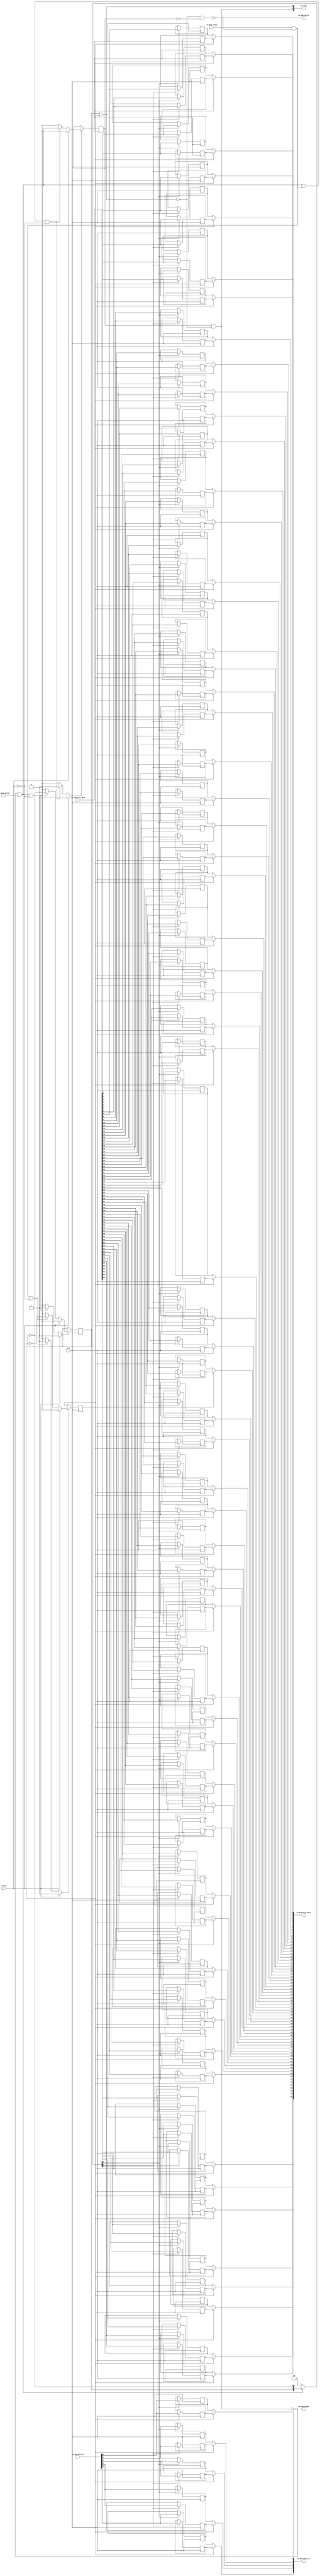
// This program was cloned from: https://github.com/NYU-MLDA/OpenABC
// License: BSD 3-Clause "New" or "Revised" License

module Queue_6
(
  clk,
  reset,
  io_enq_ready,
  io_enq_valid,
  io_enq_bits_rd,
  io_enq_bits_data,
  io_deq_ready,
  io_deq_valid,
  io_deq_bits_rd,
  io_deq_bits_data,
  io_count
);

  input [4:0] io_enq_bits_rd;
  input [63:0] io_enq_bits_data;
  output [4:0] io_deq_bits_rd;
  output [63:0] io_deq_bits_data;
  output [1:0] io_count;
  input clk;
  input reset;
  input io_enq_valid;
  input io_deq_ready;
  output io_enq_ready;
  output io_deq_valid;
  wire [4:0] io_deq_bits_rd;
  wire [63:0] io_deq_bits_data;
  wire [1:0] io_count;
  wire io_enq_ready,io_deq_valid,N0,N1,N2,N3,N4,do_deq,T3,do_enq,T6,ptr_match,T9,N5,
  empty,T17,full,N6,N7,N8,N9,N10,N11,N12,N13,N14,N15,N16,N17,N18,N19,N21,N22,N23,N24,
  N25,N26;
  reg R1,N20,maybe_full;
  reg [137:0] ram;
  assign N0 = N20 ^ R1;
  assign ptr_match = ~N0;
  assign T9 = do_enq ^ do_deq;
  assign io_deq_bits_rd[4] = (N5)? ram[68] : 
                             (N1)? ram[137] : 1'b0;
  assign N1 = R1;
  assign io_deq_bits_rd[3] = (N5)? ram[67] : 
                             (N1)? ram[136] : 1'b0;
  assign io_deq_bits_rd[2] = (N5)? ram[66] : 
                             (N1)? ram[135] : 1'b0;
  assign io_deq_bits_rd[1] = (N5)? ram[65] : 
                             (N1)? ram[134] : 1'b0;
  assign io_deq_bits_rd[0] = (N5)? ram[64] : 
                             (N1)? ram[133] : 1'b0;
  assign io_deq_bits_data[63] = (N5)? ram[63] : 
                                (N1)? ram[132] : 1'b0;
  assign io_deq_bits_data[62] = (N5)? ram[62] : 
                                (N1)? ram[131] : 1'b0;
  assign io_deq_bits_data[61] = (N5)? ram[61] : 
                                (N1)? ram[130] : 1'b0;
  assign io_deq_bits_data[60] = (N5)? ram[60] : 
                                (N1)? ram[129] : 1'b0;
  assign io_deq_bits_data[59] = (N5)? ram[59] : 
                                (N1)? ram[128] : 1'b0;
  assign io_deq_bits_data[58] = (N5)? ram[58] : 
                                (N1)? ram[127] : 1'b0;
  assign io_deq_bits_data[57] = (N5)? ram[57] : 
                                (N1)? ram[126] : 1'b0;
  assign io_deq_bits_data[56] = (N5)? ram[56] : 
                                (N1)? ram[125] : 1'b0;
  assign io_deq_bits_data[55] = (N5)? ram[55] : 
                                (N1)? ram[124] : 1'b0;
  assign io_deq_bits_data[54] = (N5)? ram[54] : 
                                (N1)? ram[123] : 1'b0;
  assign io_deq_bits_data[53] = (N5)? ram[53] : 
                                (N1)? ram[122] : 1'b0;
  assign io_deq_bits_data[52] = (N5)? ram[52] : 
                                (N1)? ram[121] : 1'b0;
  assign io_deq_bits_data[51] = (N5)? ram[51] : 
                                (N1)? ram[120] : 1'b0;
  assign io_deq_bits_data[50] = (N5)? ram[50] : 
                                (N1)? ram[119] : 1'b0;
  assign io_deq_bits_data[49] = (N5)? ram[49] : 
                                (N1)? ram[118] : 1'b0;
  assign io_deq_bits_data[48] = (N5)? ram[48] : 
                                (N1)? ram[117] : 1'b0;
  assign io_deq_bits_data[47] = (N5)? ram[47] : 
                                (N1)? ram[116] : 1'b0;
  assign io_deq_bits_data[46] = (N5)? ram[46] : 
                                (N1)? ram[115] : 1'b0;
  assign io_deq_bits_data[45] = (N5)? ram[45] : 
                                (N1)? ram[114] : 1'b0;
  assign io_deq_bits_data[44] = (N5)? ram[44] : 
                                (N1)? ram[113] : 1'b0;
  assign io_deq_bits_data[43] = (N5)? ram[43] : 
                                (N1)? ram[112] : 1'b0;
  assign io_deq_bits_data[42] = (N5)? ram[42] : 
                                (N1)? ram[111] : 1'b0;
  assign io_deq_bits_data[41] = (N5)? ram[41] : 
                                (N1)? ram[110] : 1'b0;
  assign io_deq_bits_data[40] = (N5)? ram[40] : 
                                (N1)? ram[109] : 1'b0;
  assign io_deq_bits_data[39] = (N5)? ram[39] : 
                                (N1)? ram[108] : 1'b0;
  assign io_deq_bits_data[38] = (N5)? ram[38] : 
                                (N1)? ram[107] : 1'b0;
  assign io_deq_bits_data[37] = (N5)? ram[37] : 
                                (N1)? ram[106] : 1'b0;
  assign io_deq_bits_data[36] = (N5)? ram[36] : 
                                (N1)? ram[105] : 1'b0;
  assign io_deq_bits_data[35] = (N5)? ram[35] : 
                                (N1)? ram[104] : 1'b0;
  assign io_deq_bits_data[34] = (N5)? ram[34] : 
                                (N1)? ram[103] : 1'b0;
  assign io_deq_bits_data[33] = (N5)? ram[33] : 
                                (N1)? ram[102] : 1'b0;
  assign io_deq_bits_data[32] = (N5)? ram[32] : 
                                (N1)? ram[101] : 1'b0;
  assign io_deq_bits_data[31] = (N5)? ram[31] : 
                                (N1)? ram[100] : 1'b0;
  assign io_deq_bits_data[30] = (N5)? ram[30] : 
                                (N1)? ram[99] : 1'b0;
  assign io_deq_bits_data[29] = (N5)? ram[29] : 
                                (N1)? ram[98] : 1'b0;
  assign io_deq_bits_data[28] = (N5)? ram[28] : 
                                (N1)? ram[97] : 1'b0;
  assign io_deq_bits_data[27] = (N5)? ram[27] : 
                                (N1)? ram[96] : 1'b0;
  assign io_deq_bits_data[26] = (N5)? ram[26] : 
                                (N1)? ram[95] : 1'b0;
  assign io_deq_bits_data[25] = (N5)? ram[25] : 
                                (N1)? ram[94] : 1'b0;
  assign io_deq_bits_data[24] = (N5)? ram[24] : 
                                (N1)? ram[93] : 1'b0;
  assign io_deq_bits_data[23] = (N5)? ram[23] : 
                                (N1)? ram[92] : 1'b0;
  assign io_deq_bits_data[22] = (N5)? ram[22] : 
                                (N1)? ram[91] : 1'b0;
  assign io_deq_bits_data[21] = (N5)? ram[21] : 
                                (N1)? ram[90] : 1'b0;
  assign io_deq_bits_data[20] = (N5)? ram[20] : 
                                (N1)? ram[89] : 1'b0;
  assign io_deq_bits_data[19] = (N5)? ram[19] : 
                                (N1)? ram[88] : 1'b0;
  assign io_deq_bits_data[18] = (N5)? ram[18] : 
                                (N1)? ram[87] : 1'b0;
  assign io_deq_bits_data[17] = (N5)? ram[17] : 
                                (N1)? ram[86] : 1'b0;
  assign io_deq_bits_data[16] = (N5)? ram[16] : 
                                (N1)? ram[85] : 1'b0;
  assign io_deq_bits_data[15] = (N5)? ram[15] : 
                                (N1)? ram[84] : 1'b0;
  assign io_deq_bits_data[14] = (N5)? ram[14] : 
                                (N1)? ram[83] : 1'b0;
  assign io_deq_bits_data[13] = (N5)? ram[13] : 
                                (N1)? ram[82] : 1'b0;
  assign io_deq_bits_data[12] = (N5)? ram[12] : 
                                (N1)? ram[81] : 1'b0;
  assign io_deq_bits_data[11] = (N5)? ram[11] : 
                                (N1)? ram[80] : 1'b0;
  assign io_deq_bits_data[10] = (N5)? ram[10] : 
                                (N1)? ram[79] : 1'b0;
  assign io_deq_bits_data[9] = (N5)? ram[9] : 
                               (N1)? ram[78] : 1'b0;
  assign io_deq_bits_data[8] = (N5)? ram[8] : 
                               (N1)? ram[77] : 1'b0;
  assign io_deq_bits_data[7] = (N5)? ram[7] : 
                               (N1)? ram[76] : 1'b0;
  assign io_deq_bits_data[6] = (N5)? ram[6] : 
                               (N1)? ram[75] : 1'b0;
  assign io_deq_bits_data[5] = (N5)? ram[5] : 
                               (N1)? ram[74] : 1'b0;
  assign io_deq_bits_data[4] = (N5)? ram[4] : 
                               (N1)? ram[73] : 1'b0;
  assign io_deq_bits_data[3] = (N5)? ram[3] : 
                               (N1)? ram[72] : 1'b0;
  assign io_deq_bits_data[2] = (N5)? ram[2] : 
                               (N1)? ram[71] : 1'b0;
  assign io_deq_bits_data[1] = (N5)? ram[1] : 
                               (N1)? ram[70] : 1'b0;
  assign io_deq_bits_data[0] = (N5)? ram[0] : 
                               (N1)? ram[69] : 1'b0;

  always @(posedge clk) begin
    if(N8) begin
      R1 <= N9;
    end 
  end


  always @(posedge clk) begin
    if(N12) begin
      N20 <= N13;
    end 
  end


  always @(posedge clk) begin
    if(N16) begin
      maybe_full <= N17;
    end 
  end


  always @(posedge clk) begin
    if(N22) begin
      ram[137] <= io_enq_bits_rd[4];
    end 
  end


  always @(posedge clk) begin
    if(N22) begin
      ram[136] <= io_enq_bits_rd[3];
    end 
  end


  always @(posedge clk) begin
    if(N22) begin
      ram[135] <= io_enq_bits_rd[2];
    end 
  end


  always @(posedge clk) begin
    if(N22) begin
      ram[134] <= io_enq_bits_rd[1];
    end 
  end


  always @(posedge clk) begin
    if(N22) begin
      ram[133] <= io_enq_bits_rd[0];
    end 
  end


  always @(posedge clk) begin
    if(N22) begin
      ram[132] <= io_enq_bits_data[63];
    end 
  end


  always @(posedge clk) begin
    if(N22) begin
      ram[131] <= io_enq_bits_data[62];
    end 
  end


  always @(posedge clk) begin
    if(N22) begin
      ram[130] <= io_enq_bits_data[61];
    end 
  end


  always @(posedge clk) begin
    if(N22) begin
      ram[129] <= io_enq_bits_data[60];
    end 
  end


  always @(posedge clk) begin
    if(N22) begin
      ram[128] <= io_enq_bits_data[59];
    end 
  end


  always @(posedge clk) begin
    if(N22) begin
      ram[127] <= io_enq_bits_data[58];
    end 
  end


  always @(posedge clk) begin
    if(N22) begin
      ram[126] <= io_enq_bits_data[57];
    end 
  end


  always @(posedge clk) begin
    if(N22) begin
      ram[125] <= io_enq_bits_data[56];
    end 
  end


  always @(posedge clk) begin
    if(N22) begin
      ram[124] <= io_enq_bits_data[55];
    end 
  end


  always @(posedge clk) begin
    if(N22) begin
      ram[123] <= io_enq_bits_data[54];
    end 
  end


  always @(posedge clk) begin
    if(N22) begin
      ram[122] <= io_enq_bits_data[53];
    end 
  end


  always @(posedge clk) begin
    if(N22) begin
      ram[121] <= io_enq_bits_data[52];
    end 
  end


  always @(posedge clk) begin
    if(N22) begin
      ram[120] <= io_enq_bits_data[51];
    end 
  end


  always @(posedge clk) begin
    if(N22) begin
      ram[119] <= io_enq_bits_data[50];
    end 
  end


  always @(posedge clk) begin
    if(N22) begin
      ram[118] <= io_enq_bits_data[49];
    end 
  end


  always @(posedge clk) begin
    if(N22) begin
      ram[117] <= io_enq_bits_data[48];
    end 
  end


  always @(posedge clk) begin
    if(N22) begin
      ram[116] <= io_enq_bits_data[47];
    end 
  end


  always @(posedge clk) begin
    if(N22) begin
      ram[115] <= io_enq_bits_data[46];
    end 
  end


  always @(posedge clk) begin
    if(N22) begin
      ram[114] <= io_enq_bits_data[45];
    end 
  end


  always @(posedge clk) begin
    if(N22) begin
      ram[113] <= io_enq_bits_data[44];
    end 
  end


  always @(posedge clk) begin
    if(N22) begin
      ram[112] <= io_enq_bits_data[43];
    end 
  end


  always @(posedge clk) begin
    if(N22) begin
      ram[111] <= io_enq_bits_data[42];
    end 
  end


  always @(posedge clk) begin
    if(N22) begin
      ram[110] <= io_enq_bits_data[41];
    end 
  end


  always @(posedge clk) begin
    if(N22) begin
      ram[109] <= io_enq_bits_data[40];
    end 
  end


  always @(posedge clk) begin
    if(N22) begin
      ram[108] <= io_enq_bits_data[39];
    end 
  end


  always @(posedge clk) begin
    if(N22) begin
      ram[107] <= io_enq_bits_data[38];
    end 
  end


  always @(posedge clk) begin
    if(N22) begin
      ram[106] <= io_enq_bits_data[37];
    end 
  end


  always @(posedge clk) begin
    if(N22) begin
      ram[105] <= io_enq_bits_data[36];
    end 
  end


  always @(posedge clk) begin
    if(N22) begin
      ram[104] <= io_enq_bits_data[35];
    end 
  end


  always @(posedge clk) begin
    if(N22) begin
      ram[103] <= io_enq_bits_data[34];
    end 
  end


  always @(posedge clk) begin
    if(N22) begin
      ram[102] <= io_enq_bits_data[33];
    end 
  end


  always @(posedge clk) begin
    if(N22) begin
      ram[101] <= io_enq_bits_data[32];
    end 
  end


  always @(posedge clk) begin
    if(N22) begin
      ram[100] <= io_enq_bits_data[31];
    end 
  end


  always @(posedge clk) begin
    if(N22) begin
      ram[99] <= io_enq_bits_data[30];
    end 
  end


  always @(posedge clk) begin
    if(N22) begin
      ram[98] <= io_enq_bits_data[29];
    end 
  end


  always @(posedge clk) begin
    if(N22) begin
      ram[97] <= io_enq_bits_data[28];
    end 
  end


  always @(posedge clk) begin
    if(N22) begin
      ram[96] <= io_enq_bits_data[27];
    end 
  end


  always @(posedge clk) begin
    if(N22) begin
      ram[95] <= io_enq_bits_data[26];
    end 
  end


  always @(posedge clk) begin
    if(N22) begin
      ram[94] <= io_enq_bits_data[25];
    end 
  end


  always @(posedge clk) begin
    if(N22) begin
      ram[93] <= io_enq_bits_data[24];
    end 
  end


  always @(posedge clk) begin
    if(N22) begin
      ram[92] <= io_enq_bits_data[23];
    end 
  end


  always @(posedge clk) begin
    if(N22) begin
      ram[91] <= io_enq_bits_data[22];
    end 
  end


  always @(posedge clk) begin
    if(N22) begin
      ram[90] <= io_enq_bits_data[21];
    end 
  end


  always @(posedge clk) begin
    if(N22) begin
      ram[89] <= io_enq_bits_data[20];
    end 
  end


  always @(posedge clk) begin
    if(N22) begin
      ram[88] <= io_enq_bits_data[19];
    end 
  end


  always @(posedge clk) begin
    if(N22) begin
      ram[87] <= io_enq_bits_data[18];
    end 
  end


  always @(posedge clk) begin
    if(N22) begin
      ram[86] <= io_enq_bits_data[17];
    end 
  end


  always @(posedge clk) begin
    if(N22) begin
      ram[85] <= io_enq_bits_data[16];
    end 
  end


  always @(posedge clk) begin
    if(N22) begin
      ram[84] <= io_enq_bits_data[15];
    end 
  end


  always @(posedge clk) begin
    if(N22) begin
      ram[83] <= io_enq_bits_data[14];
    end 
  end


  always @(posedge clk) begin
    if(N22) begin
      ram[82] <= io_enq_bits_data[13];
    end 
  end


  always @(posedge clk) begin
    if(N22) begin
      ram[81] <= io_enq_bits_data[12];
    end 
  end


  always @(posedge clk) begin
    if(N22) begin
      ram[80] <= io_enq_bits_data[11];
    end 
  end


  always @(posedge clk) begin
    if(N22) begin
      ram[79] <= io_enq_bits_data[10];
    end 
  end


  always @(posedge clk) begin
    if(N22) begin
      ram[78] <= io_enq_bits_data[9];
    end 
  end


  always @(posedge clk) begin
    if(N22) begin
      ram[77] <= io_enq_bits_data[8];
    end 
  end


  always @(posedge clk) begin
    if(N22) begin
      ram[76] <= io_enq_bits_data[7];
    end 
  end


  always @(posedge clk) begin
    if(N22) begin
      ram[75] <= io_enq_bits_data[6];
    end 
  end


  always @(posedge clk) begin
    if(N22) begin
      ram[74] <= io_enq_bits_data[5];
    end 
  end


  always @(posedge clk) begin
    if(N22) begin
      ram[73] <= io_enq_bits_data[4];
    end 
  end


  always @(posedge clk) begin
    if(N22) begin
      ram[72] <= io_enq_bits_data[3];
    end 
  end


  always @(posedge clk) begin
    if(N22) begin
      ram[71] <= io_enq_bits_data[2];
    end 
  end


  always @(posedge clk) begin
    if(N22) begin
      ram[70] <= io_enq_bits_data[1];
    end 
  end


  always @(posedge clk) begin
    if(N22) begin
      ram[69] <= io_enq_bits_data[0];
    end 
  end


  always @(posedge clk) begin
    if(N21) begin
      ram[68] <= io_enq_bits_rd[4];
    end 
  end


  always @(posedge clk) begin
    if(N21) begin
      ram[67] <= io_enq_bits_rd[3];
    end 
  end


  always @(posedge clk) begin
    if(N21) begin
      ram[66] <= io_enq_bits_rd[2];
    end 
  end


  always @(posedge clk) begin
    if(N21) begin
      ram[65] <= io_enq_bits_rd[1];
    end 
  end


  always @(posedge clk) begin
    if(N21) begin
      ram[64] <= io_enq_bits_rd[0];
    end 
  end


  always @(posedge clk) begin
    if(N21) begin
      ram[63] <= io_enq_bits_data[63];
    end 
  end


  always @(posedge clk) begin
    if(N21) begin
      ram[62] <= io_enq_bits_data[62];
    end 
  end


  always @(posedge clk) begin
    if(N21) begin
      ram[61] <= io_enq_bits_data[61];
    end 
  end


  always @(posedge clk) begin
    if(N21) begin
      ram[60] <= io_enq_bits_data[60];
    end 
  end


  always @(posedge clk) begin
    if(N21) begin
      ram[59] <= io_enq_bits_data[59];
    end 
  end


  always @(posedge clk) begin
    if(N21) begin
      ram[58] <= io_enq_bits_data[58];
    end 
  end


  always @(posedge clk) begin
    if(N21) begin
      ram[57] <= io_enq_bits_data[57];
    end 
  end


  always @(posedge clk) begin
    if(N21) begin
      ram[56] <= io_enq_bits_data[56];
    end 
  end


  always @(posedge clk) begin
    if(N21) begin
      ram[55] <= io_enq_bits_data[55];
    end 
  end


  always @(posedge clk) begin
    if(N21) begin
      ram[54] <= io_enq_bits_data[54];
    end 
  end


  always @(posedge clk) begin
    if(N21) begin
      ram[53] <= io_enq_bits_data[53];
    end 
  end


  always @(posedge clk) begin
    if(N21) begin
      ram[52] <= io_enq_bits_data[52];
    end 
  end


  always @(posedge clk) begin
    if(N21) begin
      ram[51] <= io_enq_bits_data[51];
    end 
  end


  always @(posedge clk) begin
    if(N21) begin
      ram[50] <= io_enq_bits_data[50];
    end 
  end


  always @(posedge clk) begin
    if(N21) begin
      ram[49] <= io_enq_bits_data[49];
    end 
  end


  always @(posedge clk) begin
    if(N21) begin
      ram[48] <= io_enq_bits_data[48];
    end 
  end


  always @(posedge clk) begin
    if(N21) begin
      ram[47] <= io_enq_bits_data[47];
    end 
  end


  always @(posedge clk) begin
    if(N21) begin
      ram[46] <= io_enq_bits_data[46];
    end 
  end


  always @(posedge clk) begin
    if(N21) begin
      ram[45] <= io_enq_bits_data[45];
    end 
  end


  always @(posedge clk) begin
    if(N21) begin
      ram[44] <= io_enq_bits_data[44];
    end 
  end


  always @(posedge clk) begin
    if(N21) begin
      ram[43] <= io_enq_bits_data[43];
    end 
  end


  always @(posedge clk) begin
    if(N21) begin
      ram[42] <= io_enq_bits_data[42];
    end 
  end


  always @(posedge clk) begin
    if(N21) begin
      ram[41] <= io_enq_bits_data[41];
    end 
  end


  always @(posedge clk) begin
    if(N21) begin
      ram[40] <= io_enq_bits_data[40];
    end 
  end


  always @(posedge clk) begin
    if(N21) begin
      ram[39] <= io_enq_bits_data[39];
    end 
  end


  always @(posedge clk) begin
    if(N21) begin
      ram[38] <= io_enq_bits_data[38];
    end 
  end


  always @(posedge clk) begin
    if(N21) begin
      ram[37] <= io_enq_bits_data[37];
    end 
  end


  always @(posedge clk) begin
    if(N21) begin
      ram[36] <= io_enq_bits_data[36];
    end 
  end


  always @(posedge clk) begin
    if(N21) begin
      ram[35] <= io_enq_bits_data[35];
    end 
  end


  always @(posedge clk) begin
    if(N21) begin
      ram[34] <= io_enq_bits_data[34];
    end 
  end


  always @(posedge clk) begin
    if(N21) begin
      ram[33] <= io_enq_bits_data[33];
    end 
  end


  always @(posedge clk) begin
    if(N21) begin
      ram[32] <= io_enq_bits_data[32];
    end 
  end


  always @(posedge clk) begin
    if(N21) begin
      ram[31] <= io_enq_bits_data[31];
    end 
  end


  always @(posedge clk) begin
    if(N21) begin
      ram[30] <= io_enq_bits_data[30];
    end 
  end


  always @(posedge clk) begin
    if(N21) begin
      ram[29] <= io_enq_bits_data[29];
    end 
  end


  always @(posedge clk) begin
    if(N21) begin
      ram[28] <= io_enq_bits_data[28];
    end 
  end


  always @(posedge clk) begin
    if(N21) begin
      ram[27] <= io_enq_bits_data[27];
    end 
  end


  always @(posedge clk) begin
    if(N21) begin
      ram[26] <= io_enq_bits_data[26];
    end 
  end


  always @(posedge clk) begin
    if(N21) begin
      ram[25] <= io_enq_bits_data[25];
    end 
  end


  always @(posedge clk) begin
    if(N21) begin
      ram[24] <= io_enq_bits_data[24];
    end 
  end


  always @(posedge clk) begin
    if(N21) begin
      ram[23] <= io_enq_bits_data[23];
    end 
  end


  always @(posedge clk) begin
    if(N21) begin
      ram[22] <= io_enq_bits_data[22];
    end 
  end


  always @(posedge clk) begin
    if(N21) begin
      ram[21] <= io_enq_bits_data[21];
    end 
  end


  always @(posedge clk) begin
    if(N21) begin
      ram[20] <= io_enq_bits_data[20];
    end 
  end


  always @(posedge clk) begin
    if(N21) begin
      ram[19] <= io_enq_bits_data[19];
    end 
  end


  always @(posedge clk) begin
    if(N21) begin
      ram[18] <= io_enq_bits_data[18];
    end 
  end


  always @(posedge clk) begin
    if(N21) begin
      ram[17] <= io_enq_bits_data[17];
    end 
  end


  always @(posedge clk) begin
    if(N21) begin
      ram[16] <= io_enq_bits_data[16];
    end 
  end


  always @(posedge clk) begin
    if(N21) begin
      ram[15] <= io_enq_bits_data[15];
    end 
  end


  always @(posedge clk) begin
    if(N21) begin
      ram[14] <= io_enq_bits_data[14];
    end 
  end


  always @(posedge clk) begin
    if(N21) begin
      ram[13] <= io_enq_bits_data[13];
    end 
  end


  always @(posedge clk) begin
    if(N21) begin
      ram[12] <= io_enq_bits_data[12];
    end 
  end


  always @(posedge clk) begin
    if(N21) begin
      ram[11] <= io_enq_bits_data[11];
    end 
  end


  always @(posedge clk) begin
    if(N21) begin
      ram[10] <= io_enq_bits_data[10];
    end 
  end


  always @(posedge clk) begin
    if(N21) begin
      ram[9] <= io_enq_bits_data[9];
    end 
  end


  always @(posedge clk) begin
    if(N21) begin
      ram[8] <= io_enq_bits_data[8];
    end 
  end


  always @(posedge clk) begin
    if(N21) begin
      ram[7] <= io_enq_bits_data[7];
    end 
  end


  always @(posedge clk) begin
    if(N21) begin
      ram[6] <= io_enq_bits_data[6];
    end 
  end


  always @(posedge clk) begin
    if(N21) begin
      ram[5] <= io_enq_bits_data[5];
    end 
  end


  always @(posedge clk) begin
    if(N21) begin
      ram[4] <= io_enq_bits_data[4];
    end 
  end


  always @(posedge clk) begin
    if(N21) begin
      ram[3] <= io_enq_bits_data[3];
    end 
  end


  always @(posedge clk) begin
    if(N21) begin
      ram[2] <= io_enq_bits_data[2];
    end 
  end


  always @(posedge clk) begin
    if(N21) begin
      ram[1] <= io_enq_bits_data[1];
    end 
  end


  always @(posedge clk) begin
    if(N21) begin
      ram[0] <= io_enq_bits_data[0];
    end 
  end

  assign io_count[0] = N20 ^ R1;
  assign T3 = R1 ^ 1'b1;
  assign T6 = N20 ^ 1'b1;
  assign N19 = ~N20;
  assign N8 = (N2)? 1'b1 : 
              (N24)? 1'b1 : 
              (N7)? 1'b0 : 1'b0;
  assign N2 = reset;
  assign N9 = (N2)? 1'b0 : 
              (N24)? T3 : 1'b0;
  assign N12 = (N2)? 1'b1 : 
               (N25)? 1'b1 : 
               (N11)? 1'b0 : 1'b0;
  assign N13 = (N2)? 1'b0 : 
               (N25)? T6 : 1'b0;
  assign N16 = (N2)? 1'b1 : 
               (N26)? 1'b1 : 
               (N15)? 1'b0 : 1'b0;
  assign N17 = (N2)? 1'b0 : 
               (N26)? do_enq : 1'b0;
  assign { N22, N21 } = (N3)? { N20, N19 } : 
                        (N4)? { 1'b0, 1'b0 } : 1'b0;
  assign N3 = do_enq;
  assign N4 = N18;
  assign do_deq = io_deq_ready & io_deq_valid;
  assign do_enq = io_enq_ready & io_enq_valid;
  assign io_count[1] = maybe_full & ptr_match;
  assign N5 = ~R1;
  assign io_deq_valid = ~empty;
  assign empty = ptr_match & T17;
  assign T17 = ~maybe_full;
  assign io_enq_ready = ~full;
  assign full = ptr_match & maybe_full;
  assign N6 = do_deq | reset;
  assign N7 = ~N6;
  assign N10 = do_enq | reset;
  assign N11 = ~N10;
  assign N14 = T9 | reset;
  assign N15 = ~N14;
  assign N18 = ~do_enq;
  assign N23 = ~reset;
  assign N24 = do_deq & N23;
  assign N25 = do_enq & N23;
  assign N26 = T9 & N23;

endmodule